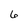
Character: 6